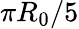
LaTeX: \pi R_{0}/5